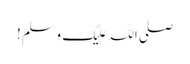
صلی اللہ علیک وسلم!